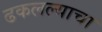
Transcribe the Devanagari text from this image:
ढकलल्याचा